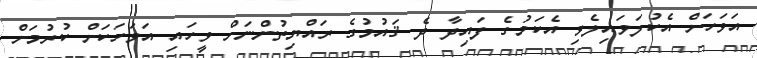
އަވަހަށް އެކުލަވައިލެވި އެކަމުގެ ފައިދާ ދެ ޤައުމުގެ ރައްޔިތުންނަށް ވީހައި އަވަހަކަށް ކުރުމަށް